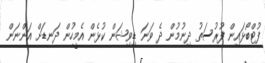
ފުޓްބޯޅައިން ފުރުސަތު ދިނުމުން ދެ ވަނަ ޑިވިޝަން ކުޅެން އެމީހުން ދަނޑަށް އަންނަން